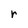
Character: r